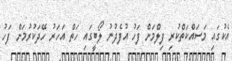
އެކުގައި މަސައްކަތްކުރި ފިލްމަށް ފަހު އުފެދުނު ލޯބީގައި ހަތް އަހަރު ހޭދަކުރުމަށް ފަހު